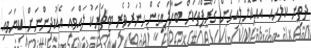
ދެތިން ކްލާހެއް އެއްކޮށްލައިގެން ގުރޫޕްތަކަށް ބަހާލައިގެން ހުނަރުވެރި ޓީޗަރަކު ލައްވައި އެކުދިންނަށް ކިޔަވައި